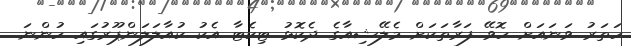
ހަތަރު ވަނައަށް ހޮވޭ ފަރާތަކަށް މެލޭޝިއާގެ ދެކޮޅު ޓިކެޓާ އެކު ކުއާލަލަންޕޫރުގައި ހުންނަ